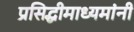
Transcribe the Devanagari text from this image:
प्रसिद्धीमाध्यमांनी